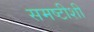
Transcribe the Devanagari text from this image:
समष्टीशी